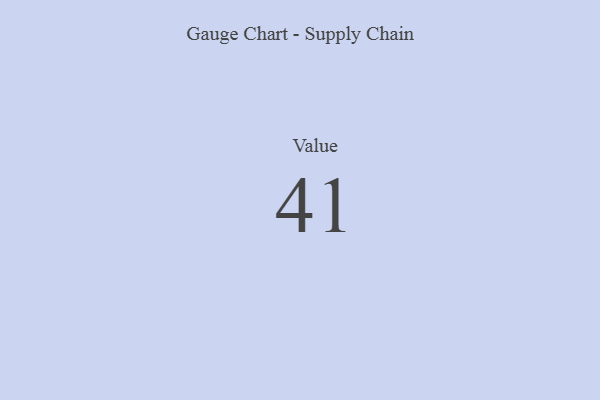
{"axis": {"x": "Metric", "y": "Value"}, "legend": [""], "data": [{"x": "Value", "y": 41, "type": ""}]}